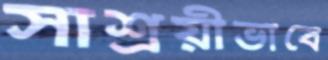
সাশ্রয়ীভাবে